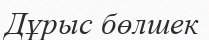
Дұрыс бөлшек